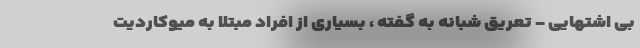
بی اشتهایی - تعریق شبانه به گفته ، بسیاری از افراد مبتلا به میوکاردیت